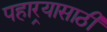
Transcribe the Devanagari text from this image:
पहार्‍यासाठी